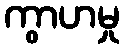
ကွာဟမှု